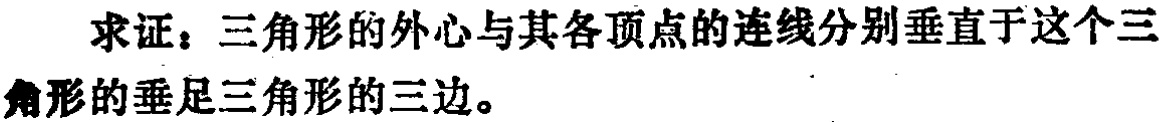
求证：三角形的外心与其各顶点的连线分别垂直于这个三角形的垂足三角形的三边。